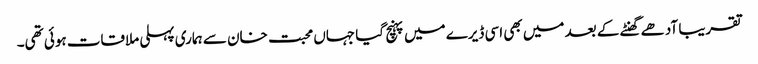
تقریبا آدھے گھنٹے کے بعد میں بھی اسی ڈیرے میں پہنچ گیا جہاں محبت خان سے ہماری پہلی ملاقات ہوئی تھی۔